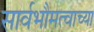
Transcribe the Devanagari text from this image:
सार्वभौमत्वाच्या